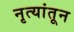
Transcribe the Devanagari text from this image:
नृत्यांतून